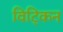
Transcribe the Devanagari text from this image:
विट्किन